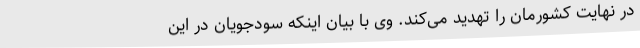
در نهایت کشورمان را تهدید می‌کند. وی با بیان اینکه سودجویان در این